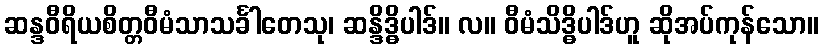
ဆန္ဒဝီရိယစိတ္တဝီမံသာသင်္ခါတေသု၊ ဆန္ဒိဒ္ဓိပါဒ်။ လ။ ဝီမံသိဒ္ဓိပါဒ်ဟူ ဆိုအပ်ကုန်သော။